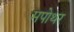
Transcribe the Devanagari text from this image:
मपोथर